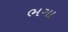
ભગા